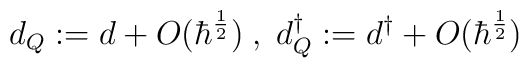
d_Q := d + O(\hbar^{\frac{1}{2}}) \;, \; d_Q ^{\dagger} :=  d^{\dagger} + O(\hbar^{\frac{1}{2}})